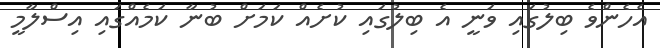
އެހެންވެ ބިލުގައި ވަނީ އެ ބިލުގައި ކުށެއް ކަމަށް ބުނާ ކަމެއްގައި އިސްލާމީ